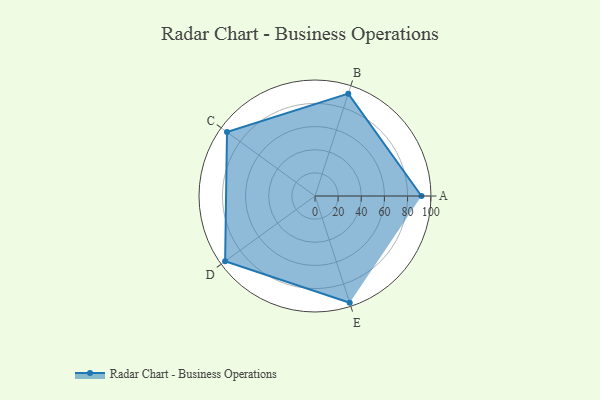
{"axis": {"x": "Skill", "y": "Score"}, "legend": ["Profile"], "data": [{"x": "A", "y": 92.0, "type": "Profile"}, {"x": "B", "y": 93.0, "type": "Profile"}, {"x": "C", "y": 94.0, "type": "Profile"}, {"x": "D", "y": 96.0, "type": "Profile"}, {"x": "E", "y": 97.0, "type": "Profile"}]}